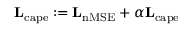
\mathbf { L } _ { \mathrm { c a p e } } : = \mathbf { L } _ { \mathrm { n M S E } } + \alpha \mathbf { L } _ { \mathrm { c a p e } }